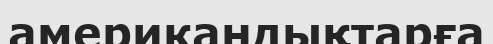
американдықтарға